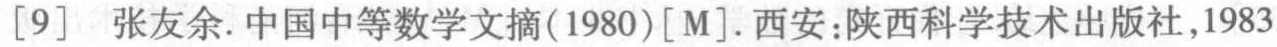
[9] 张友余.中国中等数学文摘(1980)[M].西安:陕西科学技术出版社,1983